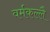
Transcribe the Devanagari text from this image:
वर्मकल्लै